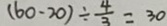
( 6 0 - 2 0 ) \div \frac { 4 } { 3 } = 3 0